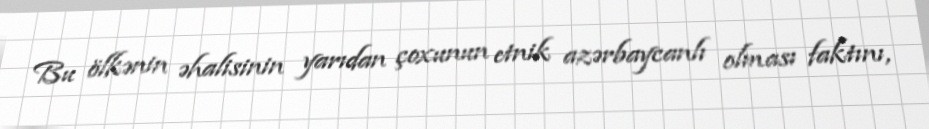
Bu ölkənin əhalisinin yarıdan çoxunun etnik azərbaycanlı olması faktını,